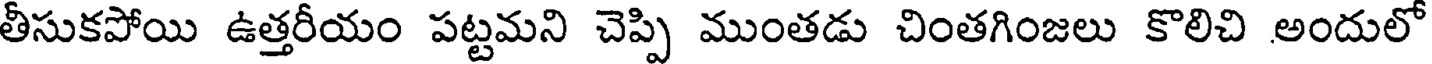
తీసుకపోయి ఉత్తరీయం పట్టమని చెప్పి ముంతడు చింతగింజలు కొలిచి అందులో